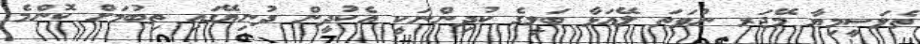
ތެލަސީމިޔާ މޭޖަރ ނުވަތަ ލޭއަޅާ ބަލީގެ ކުދިންނަކީ އެކުދީން ދުނިޔޭގައި ތިބުމަށް ކޮންމެ